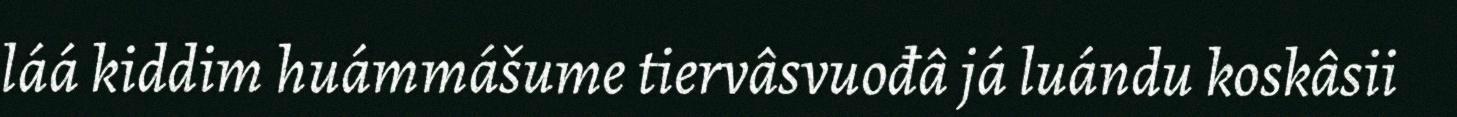
láá kiddim huámmášume tiervâsvuođâ já luándu koskâsii